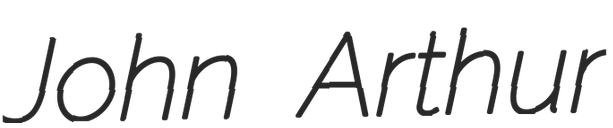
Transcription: John Arthur